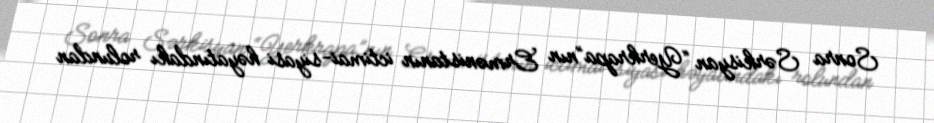
Sonra Sərkisyan “Yerkrapa”nın Ermənistanın ictimai-siyasi həyatındakı rolundan